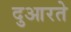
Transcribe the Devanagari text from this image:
दुआरते